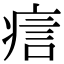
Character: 𤶘